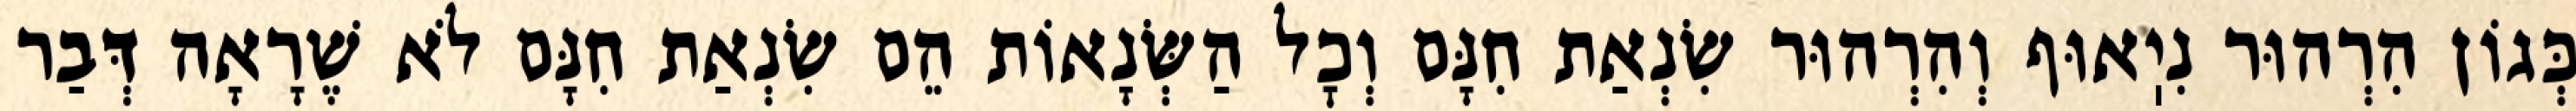
כְּגוֹן הִרְהוּר נִיֽאוּף וְהִרְהוּר שִׂנְאַת חִנָּם וְכׇל הַשְּׂנָאוֹת הֵם שִׂנְאַת חִנָּם לֹא שֶׁרָאָה דְּבַר